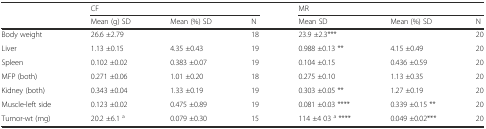
<table><thead><tr><td rowspan="2"></td><td colspan="3"><b>CF</b></td><td colspan="3"><b>MR</b></td></tr><tr><td><b>Mean (g) SD</b></td><td><b>Mean (%) SD</b></td><td><b>N</b></td><td><b>Mean SD</b></td><td><b>Mean (%) SD</b></td><td><b>N</b></td></tr></thead><tbody><tr><td>Body weight</td><td>26.6 ±2.79</td><td></td><td>18</td><td>23.9 ±2.3***</td><td></td><td>20</td></tr><tr><td>Liver</td><td>1.13 ±0.15</td><td>4.35 ±0.43</td><td>19</td><td>0.988 ±0.13 **</td><td>4.15 ±0.49</td><td>20</td></tr><tr><td>Spleen</td><td>0.102 ±0.02</td><td>0.383 ±0.07</td><td>19</td><td>0.104 ±0.15</td><td>0.436 ±0.59</td><td>20</td></tr><tr><td>MFP (both)</td><td>0.271 ±0.06</td><td>1.01 ±0.20</td><td>18</td><td>0.275 ±0.10</td><td>1.13 ±0.35</td><td>20</td></tr><tr><td>Kidney (both)</td><td>0.343 ±0.04</td><td>1.33 ±0.19</td><td>19</td><td>0.303 ±0.05 **</td><td>1.27 ±0.19</td><td>20</td></tr><tr><td>Muscle-left side</td><td>0.123 ±0.02</td><td>0.475 ±0.89</td><td>19</td><td>0.081 ±0.03 ****</td><td>0.339 ±0.15 **</td><td>20</td></tr><tr><td>Tumor-wt (mg)</td><td>20.2 ±6.1 <sup>a</sup></td><td>0.079 ±0.30</td><td>15</td><td>114 ±4 03 <sup>a</sup> ****</td><td>0.049 ±0.02***</td><td>20</td></tr></tbody></table>